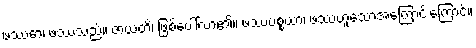
ဖဿော၊ ဖဿသည်။ ဇာယတိ၊ ဖြစ်ပေါ်လာ၏။ ဖဿပစ္စယာ၊ ဖဿဟူသောအကြောင်းကြောင့်။